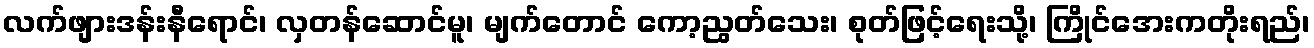
လက်ဖျားဒန်းနီရောင်၊ လှတန်ဆောင်မူ၊ မျက်တောင် ကော့ညွတ်သေး၊ စုတ်ဖြင့်ရေးသို့၊ ကြိုင်အေးကတိုးရည်၊